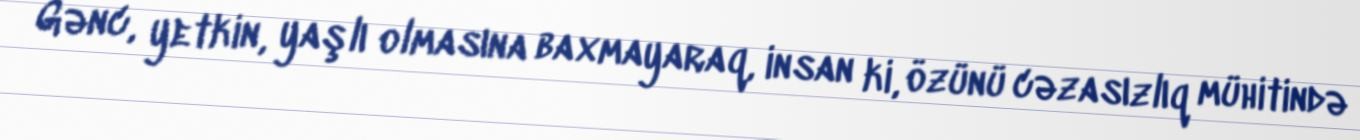
Gənc, yetkin, yaşlı olmasına baxmayaraq, insan ki, özünü cəzasızlıq mühitində